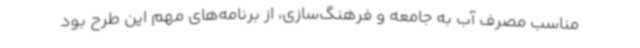
مناسب مصرف آب به جامعه و فرهنگ‌سازی، از برنامه‌های مهم این طرح بود